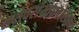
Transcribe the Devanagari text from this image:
सरोवरांखालोखाल